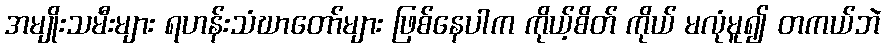
အမျိုးသမီးများ ရဟန်းသံဃာတော်များ ဖြစ်နေပါက ကိုယ့်စိတ် ကိုယ် မလုံမူ၍ တကယ်ဘဲ